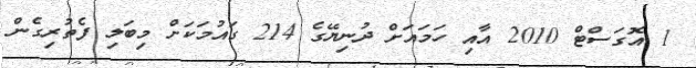
1 އޮގަސްޓް 2010 އާއި ހަމައަށް ދުނިޔޭގެ 214 ގައުމަކަށް މިބަލި ފެތުރިގެން